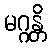
မဂ္ဂန္တိ